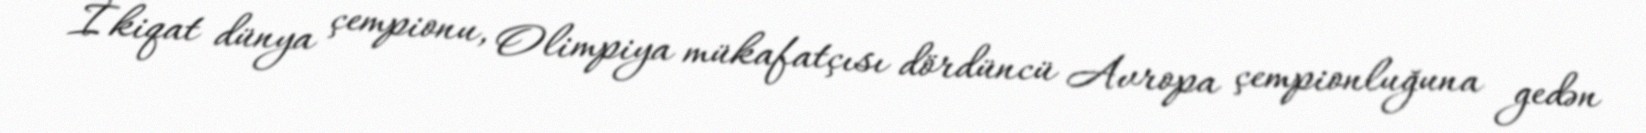
İkiqat dünya çempionu, Olimpiya mükafatçısı dördüncü Avropa çempionluğuna gedən